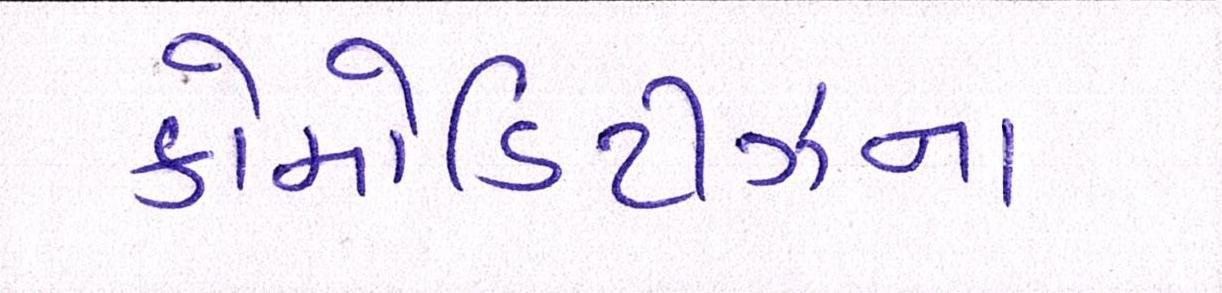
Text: કોમોડિટીઝના